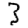
Digit: 3